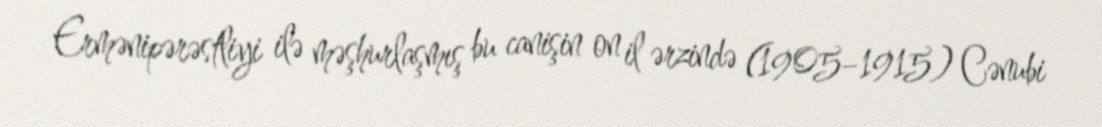
Ermənipərəstliyi ilə məşhurlaşmış bu canişin on il ərzində (1905–1915) Cənubi